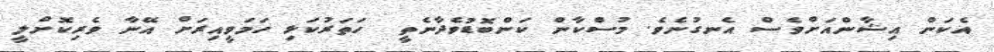
އެކަން އިޝާންއަށްވެސް އެނގުނެވެ. މުސްކާން ކަންބޮޑުވެދާނެތީ  ހަތަރުކަޅި ހަމަވީއިރަށް އޭނާ ވެރިކޮށްލީ